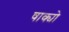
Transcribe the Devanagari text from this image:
षाक्यो